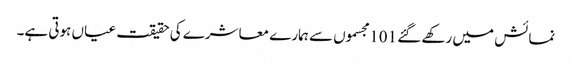
نمائش میں رکھے گئے 101 مجسموں سے ہمارے معاشرے کی حقیقت عیاں ہوتی ہے۔